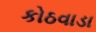
કોઠવાડા